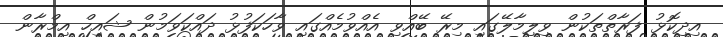
އިދިކޮޅު ފަރާތްތަކުން ވިލިމާލޭގައި މިރޭ ބޭއްވި އެއްވުމެއްގައި ވާހަކަފުޅު ދައްކަވަމުން ޝައިހް އިމްރާން